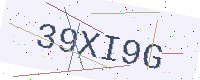
Text: 39XI9G